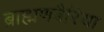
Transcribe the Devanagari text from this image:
ब्राह्मणबैरिया